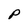
Character: P